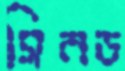
সিনড